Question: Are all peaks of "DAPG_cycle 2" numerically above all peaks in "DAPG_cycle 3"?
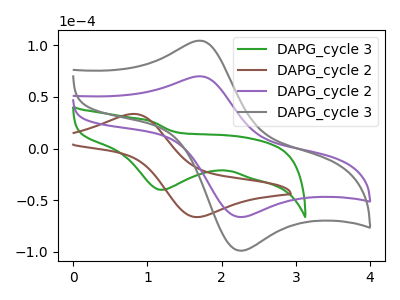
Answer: <think>The green curve "DAPG_cycle 3" has a cathodic peak at: (1.20V, -39.85uA). The brown curve "DAPG_cycle 2" has an anodic peak at (0.80V, 33.60uA) and a cathodic peak at (1.70V, -66.20uA). The purple curve "DAPG_cycle 2" has an anodic peak at (1.70V, 70.00uA) and a cathodic peak at (2.25V, -66.10uA). The gray curve "DAPG_cycle 3" has an anodic peak at (1.70V, 104.45uA) and a cathodic peak at (2.25V, -98.65uA).</think>
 <answer>Every peak in "DAPG_cycle 2" is lower than every peak in "DAPG_cycle 3".</answer>
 <eval>lower</eval>